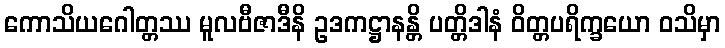
ကောသိယဂေါတ္တဿ မူလဗီဇာဒီနိ ဥဒကဋ္ဌာနန္တိ ပတ္တိဒါနံ ဝိတ္တပရိက္ခယော ဝသိမှာ